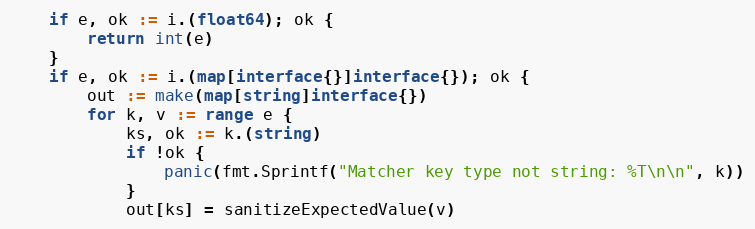
Language: Go
	if e, ok := i.(float64); ok {
		return int(e)
	}
	if e, ok := i.(map[interface{}]interface{}); ok {
		out := make(map[string]interface{})
		for k, v := range e {
			ks, ok := k.(string)
			if !ok {
				panic(fmt.Sprintf("Matcher key type not string: %T\n\n", k))
			}
			out[ks] = sanitizeExpectedValue(v)